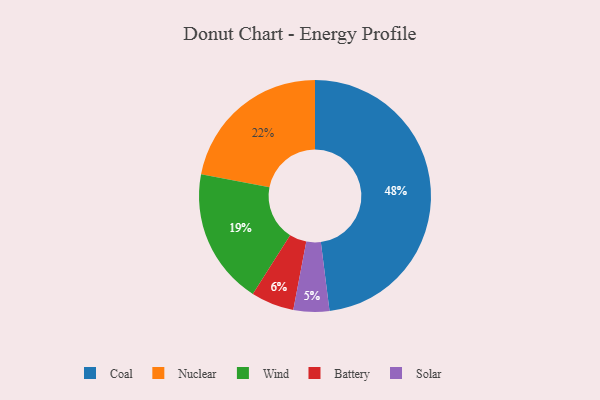
{"axis": {"x": "Category", "y": "Percentage"}, "legend": ["Battery", "Coal", "Nuclear", "Solar", "Wind"], "data": [{"x": "Wind", "y": 19, "type": "Wind"}, {"x": "Nuclear", "y": 22, "type": "Nuclear"}, {"x": "Battery", "y": 6, "type": "Battery"}, {"x": "Solar", "y": 5, "type": "Solar"}, {"x": "Coal", "y": 48, "type": "Coal"}]}